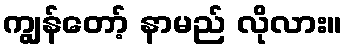
ကျွန်တော့် နာမည် လိုလား။